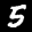
Label: 5